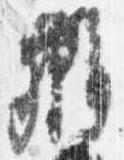
弁